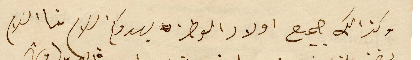
وكذالك جميع اولاد الوطن يهدوكم السَلام منا السَلام